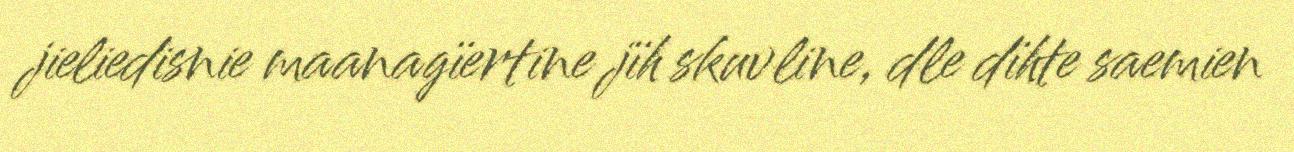
jieliedisnie maanagïertine jïh skuvline, dle dïhte saemien